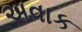
અવાક